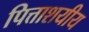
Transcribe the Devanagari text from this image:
पित्ताशयीय